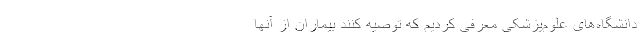
دانشگاه‌های علوم‌پزشکی معرفی کردیم که توصیه کنند بیماران از آنها